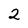
Character: 2